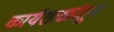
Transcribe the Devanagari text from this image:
कार्यशाळांतून